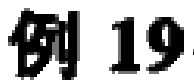
例 19